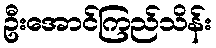
ဦးအောင်ကြည်သိန်း